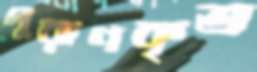
পুরাণকৃত